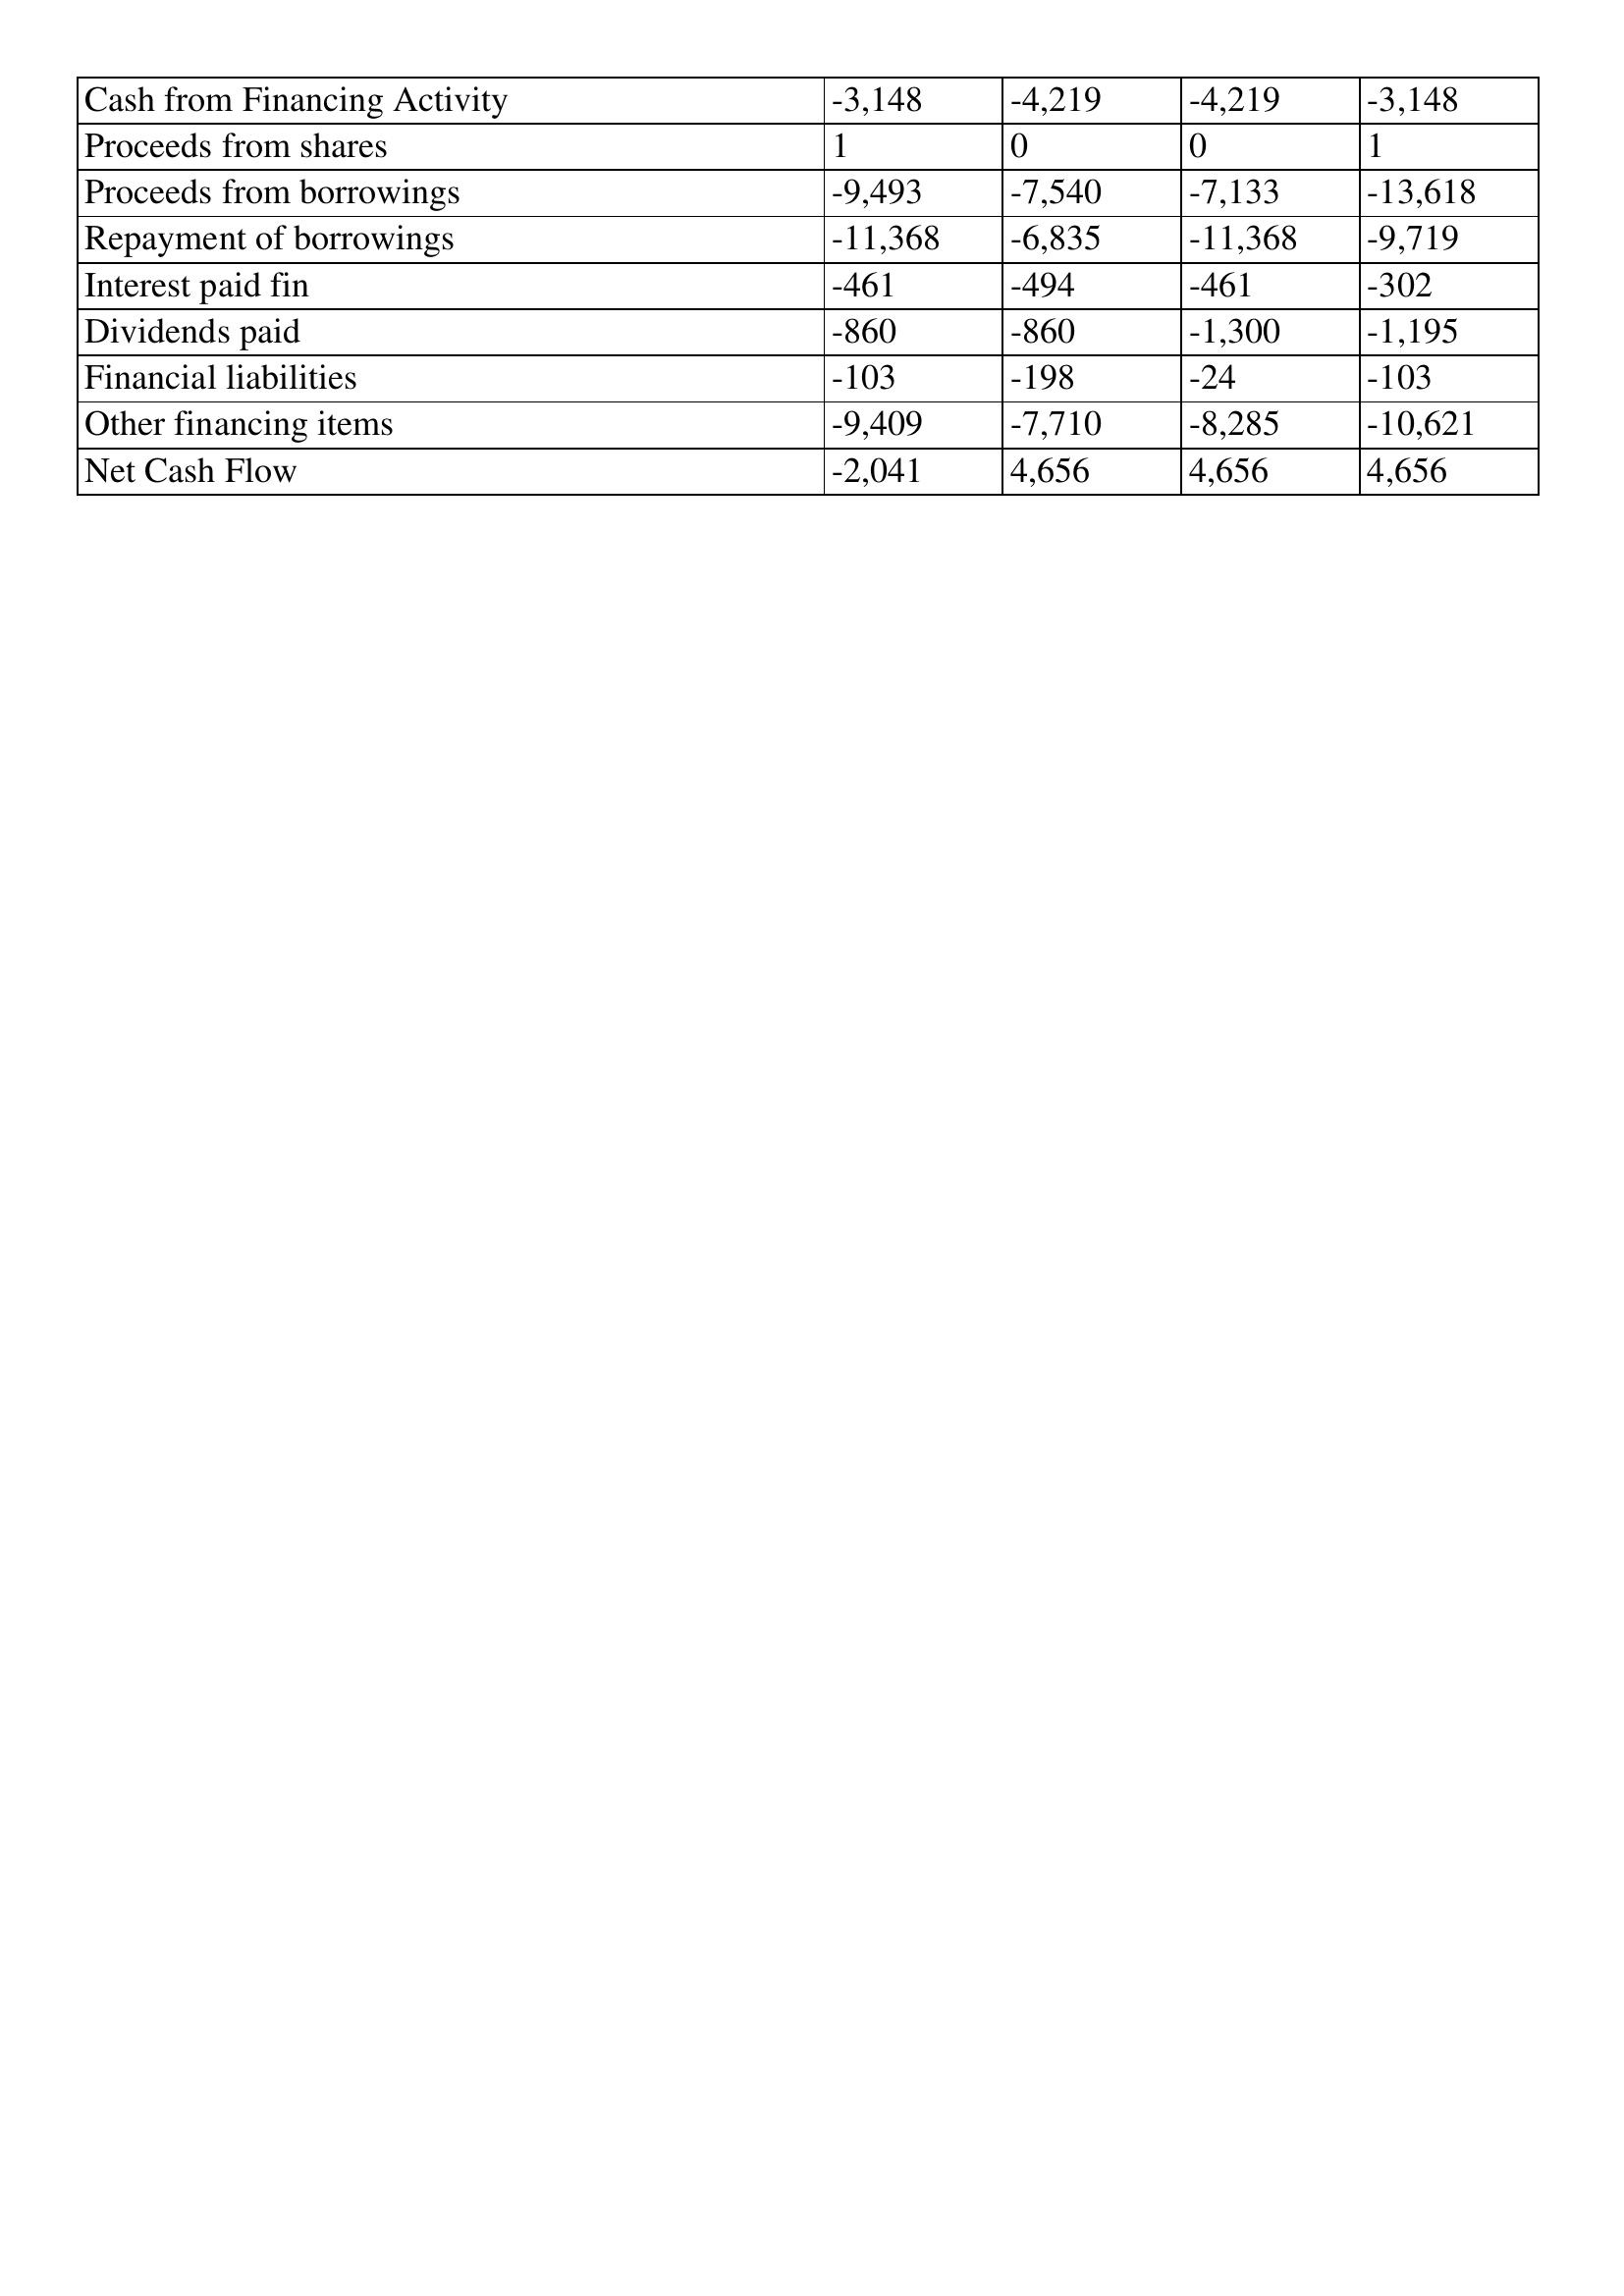
gt_parse: 2004: Cash Flows: Cash from Financing Activity: -3,148
Proceeds from shares: 1
Proceeds from borrowings: -9,493
Repayment of borrowings: -11,368
Interest paid fin: -461
Dividends paid: -860
Financial liabilities: -103
Other financing items: -9,409
Net Cash Flow: -2,041
2003: Cash Flows: Cash from Financing Activity: -4,219
Proceeds from shares: 0
Proceeds from borrowings: -7,540
Repayment of borrowings: -6,835
Interest paid fin: -494
Dividends paid: -860
Financial liabilities: -198
Other financing items: -7,710
Net Cash Flow: 4,656
2002: Cash Flows: Cash from Financing Activity: -4,219
Proceeds from shares: 0
Proceeds from borrowings: -7,133
Repayment of borrowings: -11,368
Interest paid fin: -461
Dividends paid: -1,300
Financial liabilities: -24
Other financing items: -8,285
Net Cash Flow: 4,656
2001: Cash Flows: Cash from Financing Activity: -3,148
Proceeds from shares: 1
Proceeds from borrowings: -13,618
Repayment of borrowings: -9,719
Interest paid fin: -302
Dividends paid: -1,195
Financial liabilities: -103
Other financing items: -10,621
Net Cash Flow: 4,656